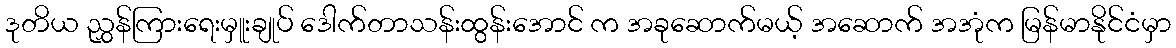
ဒုတိယ ညွှန်ကြားရေးမှူးချုပ် ဒေါက်တာသန်းထွန်းအောင် က အခုဆောက်မယ့် အဆောက် အအုံက မြန်မာနိုင်ငံမှာ